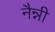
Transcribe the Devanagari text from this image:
नैन्नी